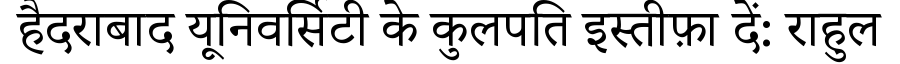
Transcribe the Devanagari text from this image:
हैदराबाद यूनिवर्सिटी के कुलपति इस्तीफ़ा दें: राहुल